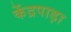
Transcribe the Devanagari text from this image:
केंद्रपाड़ा